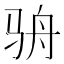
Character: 𩧳